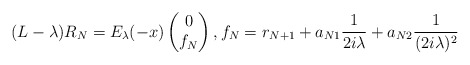
\begin{align*}(L-\lambda)R_N= E_{\lambda}(-x)\begin{pmatrix}0\\ f_N\end{pmatrix} ,f_N= r_{N+1}+ a_{N1}\frac{1}{2i\lambda} + a_{N2}\frac{1}{(2i\lambda)^2}\end{align*}